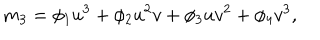
LaTeX: m _ { 3 } = \phi _ { 1 } u ^ { 3 } + \phi _ { 2 } u ^ { 2 } v + \phi _ { 3 } u v ^ { 2 } + \phi _ { 4 } v ^ { 3 } ,